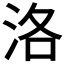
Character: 洛